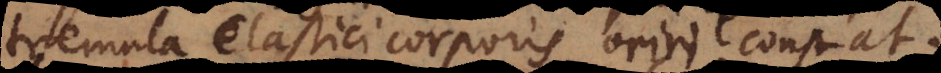
tremula elastici corporis oriri constat.